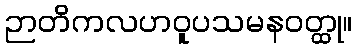
ဉာတိကလဟဝူပသမနဝတ္ထု။